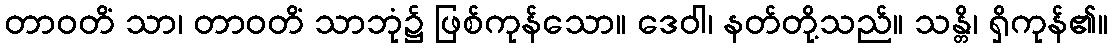
တာဝတိံ သာ၊ တာဝတိံ သာဘုံ၌ ဖြစ်ကုန်သော။ ဒေဝါ၊ နတ်တို့သည်။ သန္တိ၊ ရှိကုန်၏။